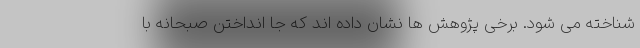
شناخته می شود. برخی پژوهش ها نشان داده اند که جا انداختن صبحانه با